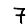
Digit: 7